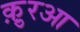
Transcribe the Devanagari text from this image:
क़ु़रआ